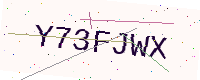
Text: Y73FJWX